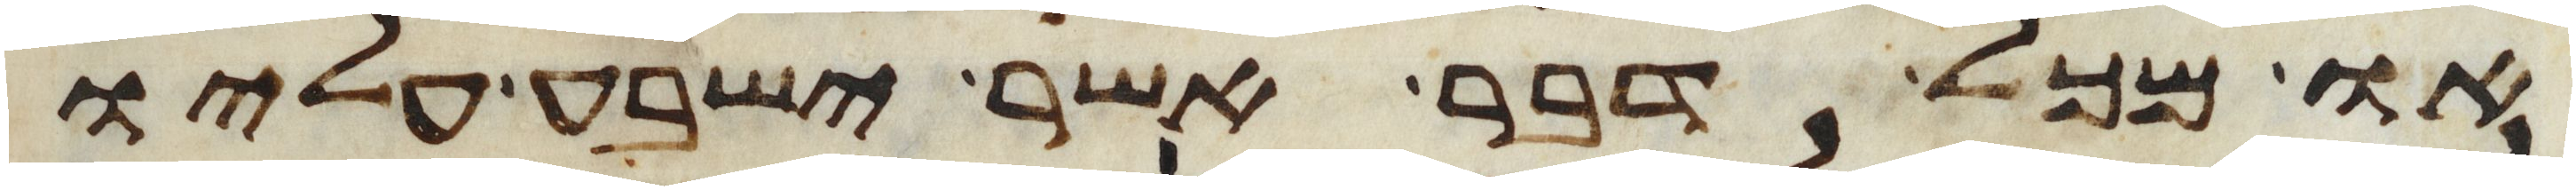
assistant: או מכל דבר אשר ישבע עליו